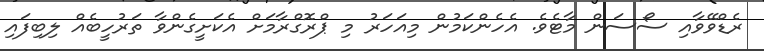
ރެޑްވޭވާއި ސޯސަން މާޓެވެ. އެހެންކަމުން މިއަހަރު މި ޕްރޮގްރާމަށް އެކަށީގެންވާ ތަރުހީބެއް ލިބިފައި